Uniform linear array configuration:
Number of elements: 24
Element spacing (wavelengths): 0.75
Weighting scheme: binomial
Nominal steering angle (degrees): -30
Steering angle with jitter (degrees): -28.506
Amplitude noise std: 0.05
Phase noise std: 0.05

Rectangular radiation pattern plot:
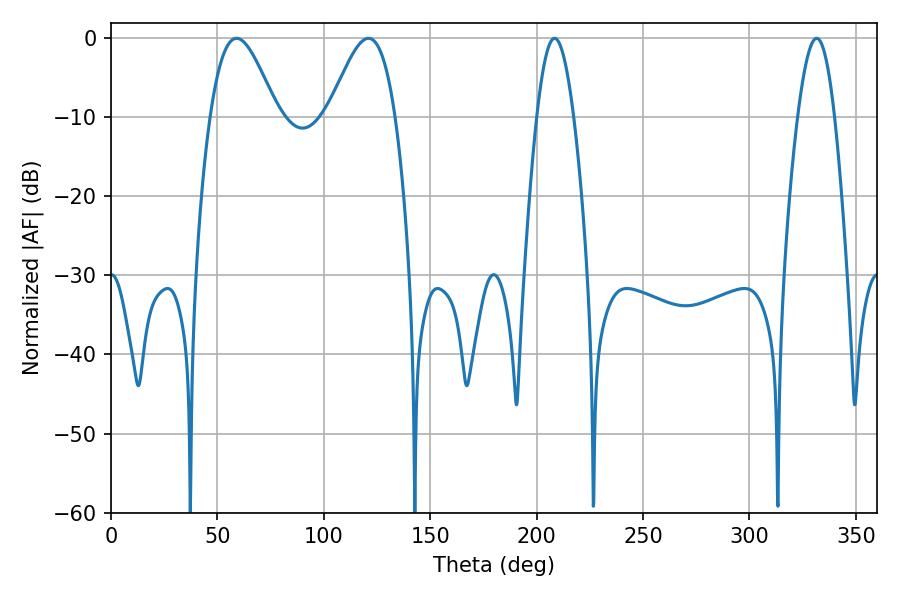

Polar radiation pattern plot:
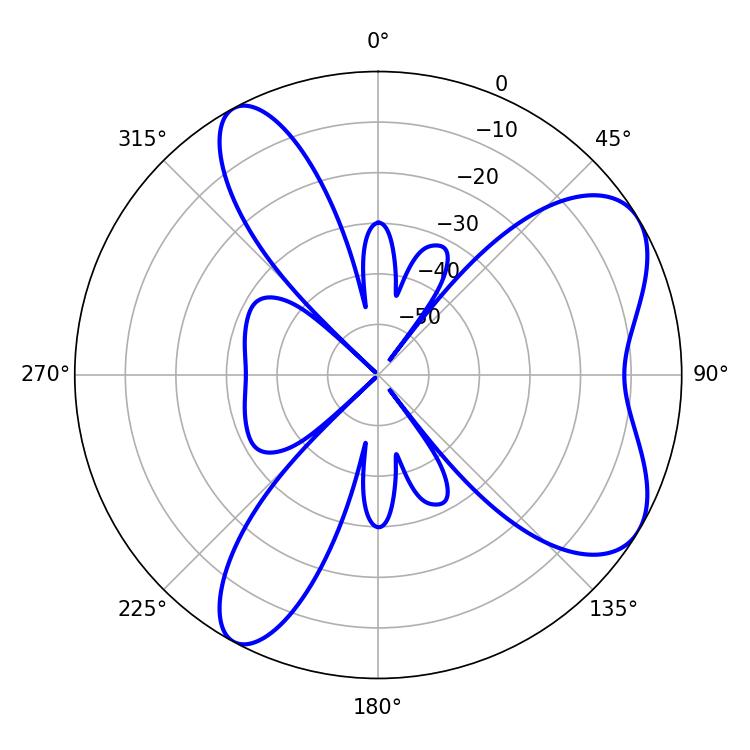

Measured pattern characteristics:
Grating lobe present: TRUE
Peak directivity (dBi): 6.846
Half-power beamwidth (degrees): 9.54
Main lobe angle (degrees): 208.44